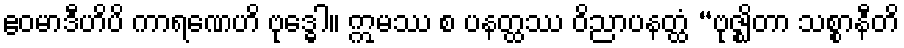
ဧဝမာဒီဟိပိ ကာရဏေဟိ ဗုဒ္ဓေါ။ ဣမဿ စ ပနတ္ထဿ ဝိညာပနတ္ထံ “ဗုဇ္ဈိတာ သစ္စာနီတိ